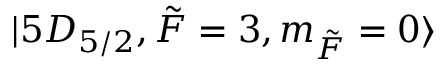
\lvert 5 D _ { 5 / 2 } , \Tilde { F } = 3 , m _ { \Tilde { F } } = 0 \rangle